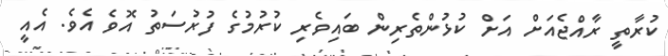
ކުރާތީ ރާއްޖެއަށް އަށް ކުޅުންތެރިން ބައިވެރި ކުރުމުގެ ފުރުސަތު އޮވެ އެވެ. އެއީ